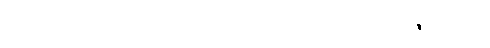
ပဝတ္တတိ၊ ၏။ ပရိစ္ဆေဒေ၊ အပိုင်းအခြားဟူသောအနက်၌။ ပဝတ္တတိ၊ ၏။ ဣတိပိ၊